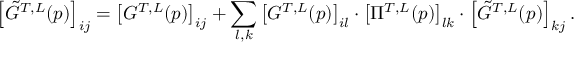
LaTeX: \left[ \tilde { G } ^ { T , L } ( p ) \right] _ { i j } = \left[ G ^ { T , L } ( p ) \right] _ { i j } + \sum _ { l , k } \left[ G ^ { T , L } ( p ) \right] _ { i l } \cdot \left[ \Pi ^ { T , L } ( p ) \right] _ { l k } \cdot \left[ \tilde { G } ^ { T , L } ( p ) \right] _ { k j } .